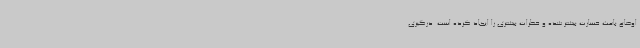
اوضاع باعث خسارت بیشتر شده و خطرات بیشتری را ایجاد کرده است. درگیری